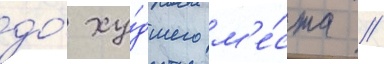
до́ ху́дшего м'е́ста /